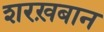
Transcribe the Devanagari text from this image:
शरख़बान